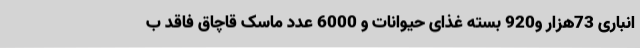
انباری 73هزار و920 بسته غذای حیوانات و 6000 عدد ماسک قاچاق فاقد ب